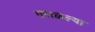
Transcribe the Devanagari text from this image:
तराळल्या